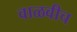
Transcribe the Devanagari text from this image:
वाळवीच